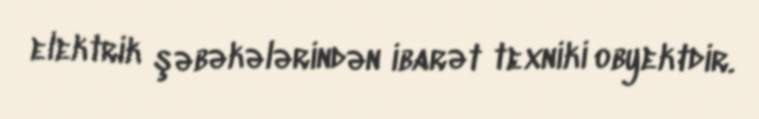
elektrik şəbəkələrindən ibarət texniki obyektdir.